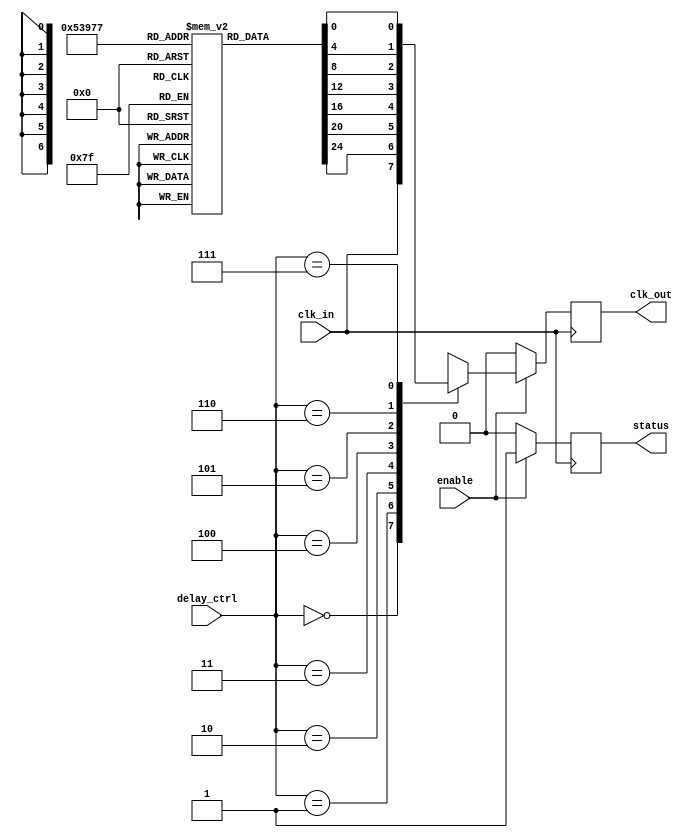
module DelayClockBuffer (
    input wire clk_in,          // Primary clock input
    input wire [2:0] delay_ctrl, // Delay control (3-bit for example)
    input wire enable,         // Enable signal for the buffer
    output reg clk_out,        // Delayed clock output
    output reg status          // Status signal (enabled/disabled)
);

    // Delay line implementation
    // The following is a simple version of a configurable delay
    // You can modify the implementation based on your actual delay elements
    
    reg [3:0] delay_line [0:7]; // Delay lines (adjust size based on delay_ctrl width)
    
    initial begin
        // Initialize delay lines (pseudo delay)
        delay_line[0] = 4'b0000;
        delay_line[1] = 4'b0001;
        delay_line[2] = 4'b0010;
        delay_line[3] = 4'b0011;
        delay_line[4] = 4'b0100;
        delay_line[5] = 4'b0101;
        delay_line[6] = 4'b0110;
        delay_line[7] = 4'b0111;
        
        clk_out = 1'b0;
        status = 1'b0; // Initially, buffer is disabled
    end

    always @(posedge clk_in) begin
        if (enable) begin
            status <= 1'b1;  // Buffer is enabled
            // Apply delay based on delay_ctrl
            case (delay_ctrl)
                3'b000: clk_out <= clk_in;
                3'b001: clk_out <= delay_line[1]; // Placeholder for delay element
                3'b010: clk_out <= delay_line[2];
                3'b011: clk_out <= delay_line[3];
                3'b100: clk_out <= delay_line[4];
                3'b101: clk_out <= delay_line[5];
                3'b110: clk_out <= delay_line[6];
                3'b111: clk_out <= delay_line[7];
                default: clk_out <= clk_in;
            endcase
        end else begin
            status <= 1'b0;  // Buffer is disabled
            clk_out <= 1'b0; // Hold output in stable state when not enabled
        end
    end

endmodule